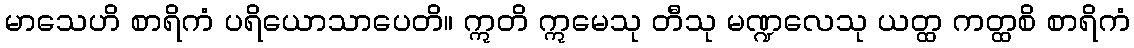
မာသေဟိ စာရိကံ ပရိယောသာပေတိ။ ဣတိ ဣမေသု တီသု မဏ္ဍလေသု ယတ္ထ ကတ္ထစိ စာရိကံ